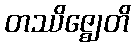
တဿိဇ္ဈေတိ